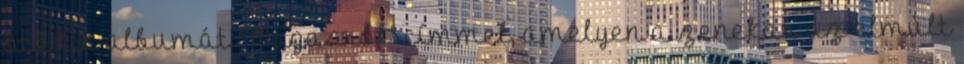
ötödik albumát "Magasról" címmel, amelyen a zenekar az elmúlt